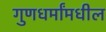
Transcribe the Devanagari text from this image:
गुणधर्मांमधील